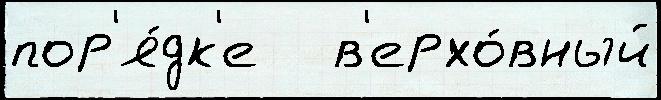
пор'я́дк'е   в'ерхо́вный